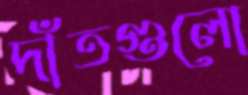
দাঁতগুলো